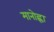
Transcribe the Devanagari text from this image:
मानोह्ला